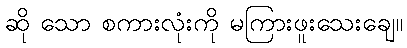
ဆို သော စကားလုံးကို မကြားဖူးသေးချေ။